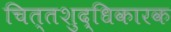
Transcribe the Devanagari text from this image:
चित्तशुद्धिकारक